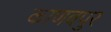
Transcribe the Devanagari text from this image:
काणवपुर